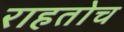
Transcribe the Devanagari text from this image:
राहतोच